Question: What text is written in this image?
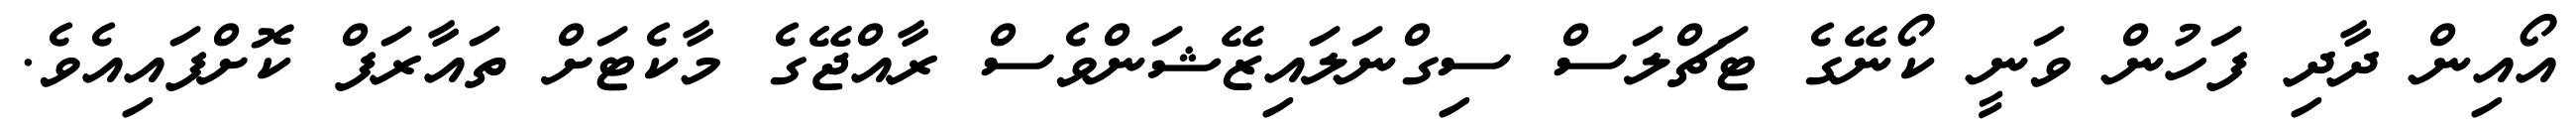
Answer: އޯއިން ދާދި ފަހުން ވަނީ ކޯނޭގެ ޓަޗްލަސް ސިގްނަލައިޒޭޝަންވެސް ރާއްޖޭގެ މާކެޓަށް ތައާރަފް ކޮށްފައިއެވެ.